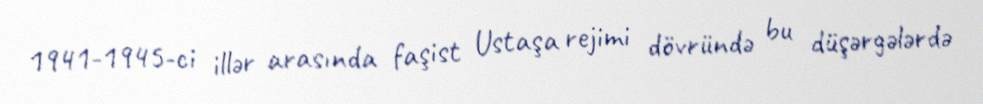
1941-1945-ci illər arasında faşist Ustaşa rejimi dövründə bu düşərgələrdə